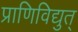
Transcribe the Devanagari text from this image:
प्राणिविद्युत्